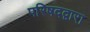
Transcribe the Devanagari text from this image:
परिषदद्वारा